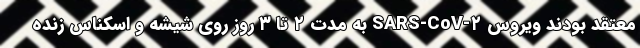
معتقد بودند ویروس SARS-CoV-۲ به مدت ۲ تا ۳ روز روی شیشه و اسکناس زنده